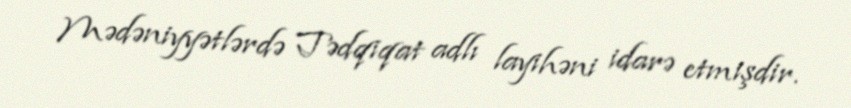
Mədəniyyətlərdə Tədqiqat adlı layihəni idarə etmişdir.